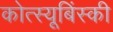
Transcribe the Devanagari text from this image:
कोत्स्यूबिंस्की